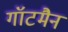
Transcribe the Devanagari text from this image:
गॉटमैन